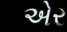
એર